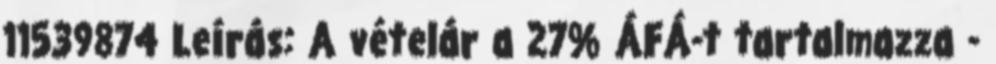
11539874 Leírás: A vételár a 27% ÁFÁ-t tartalmazza -